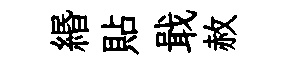
緡貼戢赦